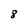
Character: 8